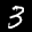
Label: 3